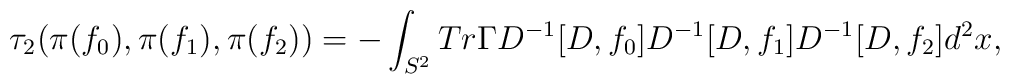
{\tau}_{2}({\pi}(f_0),{\pi}(f_1),{\pi}(f_2))=-\int_{S^{2}}Tr{\Gamma}D^{-1}[D,f_0]D^{-1}[D,f_1]D^{-1}[D,f_2]d^{2}x,